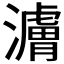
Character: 𬉜